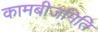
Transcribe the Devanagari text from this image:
कामबीजमिति